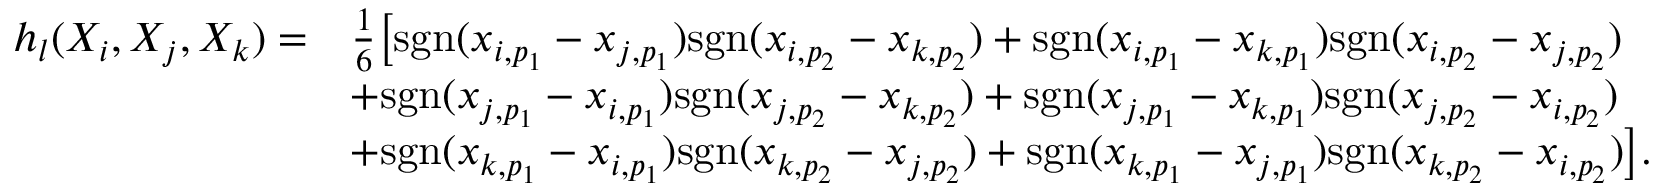
\begin{array} { r l } { h _ { l } ( X _ { i } , X _ { j } , X _ { k } ) = } & { \frac { 1 } { 6 } \big [ { \mathrm { s g n } } ( x _ { i , p _ { 1 } } - x _ { j , p _ { 1 } } ) { \mathrm { s g n } } ( x _ { i , p _ { 2 } } - x _ { k , p _ { 2 } } ) + { \mathrm { s g n } } ( x _ { i , p _ { 1 } } - x _ { k , p _ { 1 } } ) { \mathrm { s g n } } ( x _ { i , p _ { 2 } } - x _ { j , p _ { 2 } } ) } \\ & { + { \mathrm { s g n } } ( x _ { j , p _ { 1 } } - x _ { i , p _ { 1 } } ) { \mathrm { s g n } } ( x _ { j , p _ { 2 } } - x _ { k , p _ { 2 } } ) + { \mathrm { s g n } } ( x _ { j , p _ { 1 } } - x _ { k , p _ { 1 } } ) { \mathrm { s g n } } ( x _ { j , p _ { 2 } } - x _ { i , p _ { 2 } } ) } \\ & { + { \mathrm { s g n } } ( x _ { k , p _ { 1 } } - x _ { i , p _ { 1 } } ) { \mathrm { s g n } } ( x _ { k , p _ { 2 } } - x _ { j , p _ { 2 } } ) + { \mathrm { s g n } } ( x _ { k , p _ { 1 } } - x _ { j , p _ { 1 } } ) { \mathrm { s g n } } ( x _ { k , p _ { 2 } } - x _ { i , p _ { 2 } } ) \big ] . } \end{array}